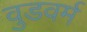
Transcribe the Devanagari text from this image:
वुडवर्म